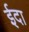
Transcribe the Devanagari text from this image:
ईदा